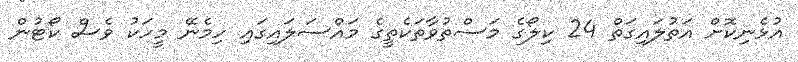
އުޅެނިކޮށް އަތުލައިގަތް 24 ކިލޯގެ މަސްތުވާތަކެތީގެ މައްސަލައިގައި ހިމެނޭ މީހަކު ވެސް ކޯޓުން